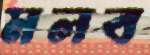
মলব